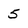
Character: 5